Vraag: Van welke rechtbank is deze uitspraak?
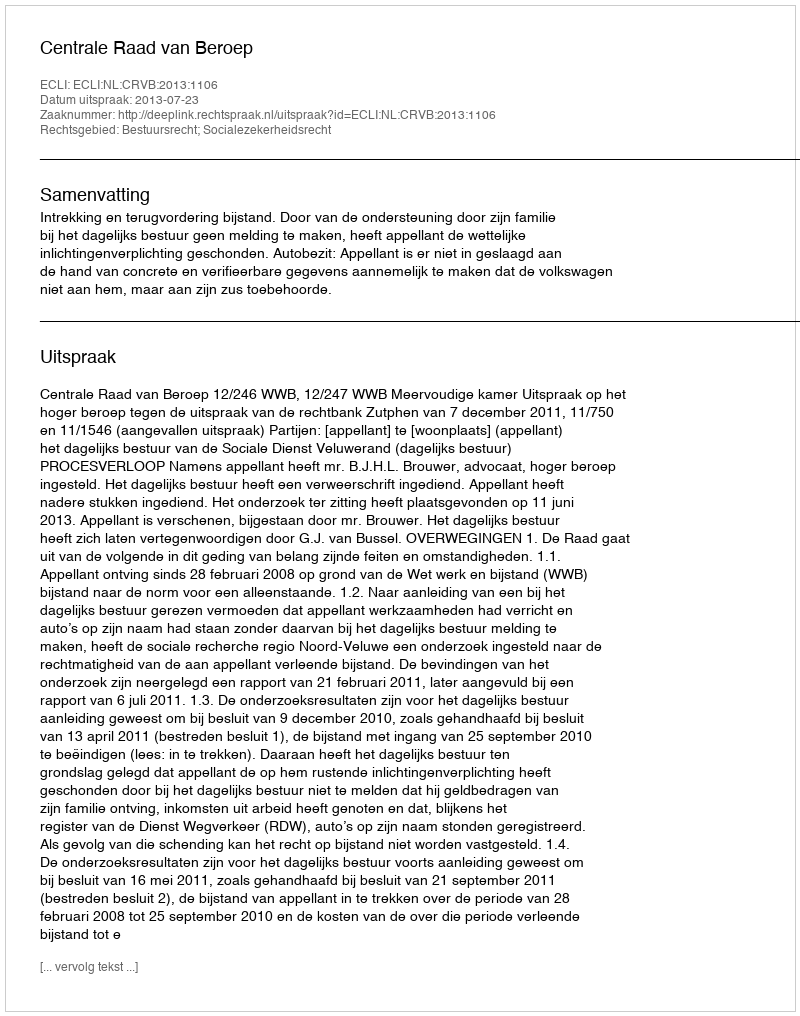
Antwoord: Centrale Raad van Beroep